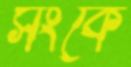
সংকে